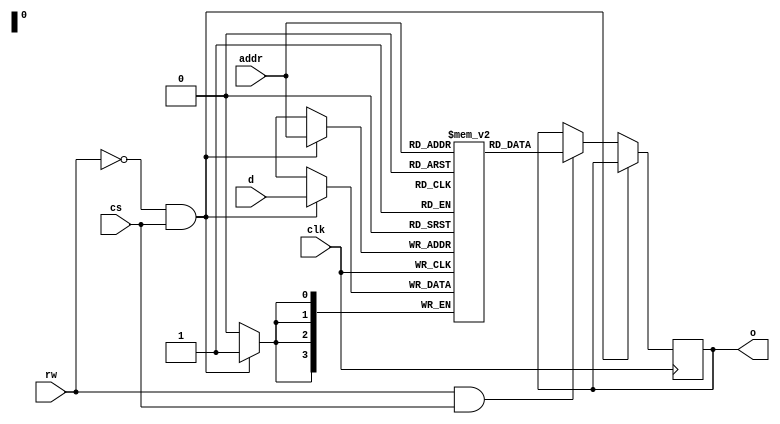
module ram1(
    input [3:0] d,
    input [3:0] addr,
    input cs,
    input rw,
	 input clk,
    output [3:0] o
    );
	 
	reg [3:0] ram [15:0];
	reg [3:0]o;
	
	always@(posedge clk) begin
		if(rw == 0 && cs == 1) begin
			ram[addr] <= d;
		end
		else if( rw == 1 && cs ==1)
			o <= ram[addr];
	end

endmodule